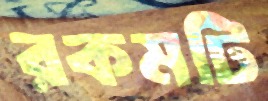
রকমটি